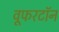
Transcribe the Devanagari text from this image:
वूफरटॉन